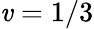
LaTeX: \mathit{v}=1/3